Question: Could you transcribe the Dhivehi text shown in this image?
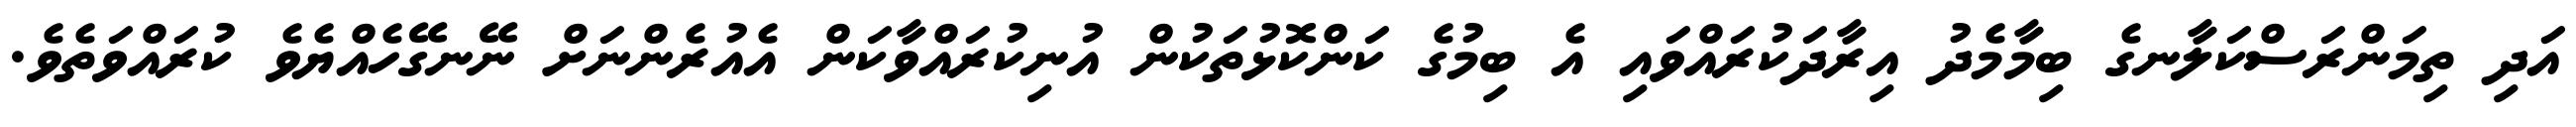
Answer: އަދި ތިމަންރަސްކަލާނގެ ބިމާމެދު އިރާދަކުރައްވައި އެ ބިމުގެ ކަންކޮޅުތަކުން އުނިކުރައްވާކަން އެއުރެންނަށް ނޭނގޭހެއްޔެވެ ކުރައްވަތެވެ.